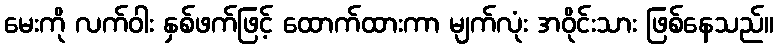
မေးကို လက်ဝါး နှစ်ဖက်ဖြင့် ထောက်ထားကာ မျက်လုံး အဝိုင်းသား ဖြစ်နေသည်။